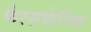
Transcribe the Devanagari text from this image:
फेरसफेरिक